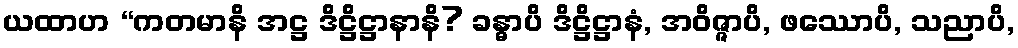
ယထာဟ “ကတမာနိ အဋ္ဌ ဒိဋ္ဌိဋ္ဌာနာနိ? ခန္ဓာပိ ဒိဋ္ဌိဋ္ဌာနံ, အဝိဇ္ဇာပိ, ဖဿောပိ, သညာပိ,